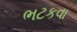
ભટકવા